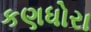
કણધોરા